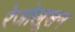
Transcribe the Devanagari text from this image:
रेजोलूशन